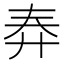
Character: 𱝔